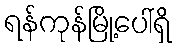
ရန်ကုန်မြို့ပေါ်ရှိ